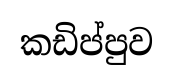
කඩිප්පුව